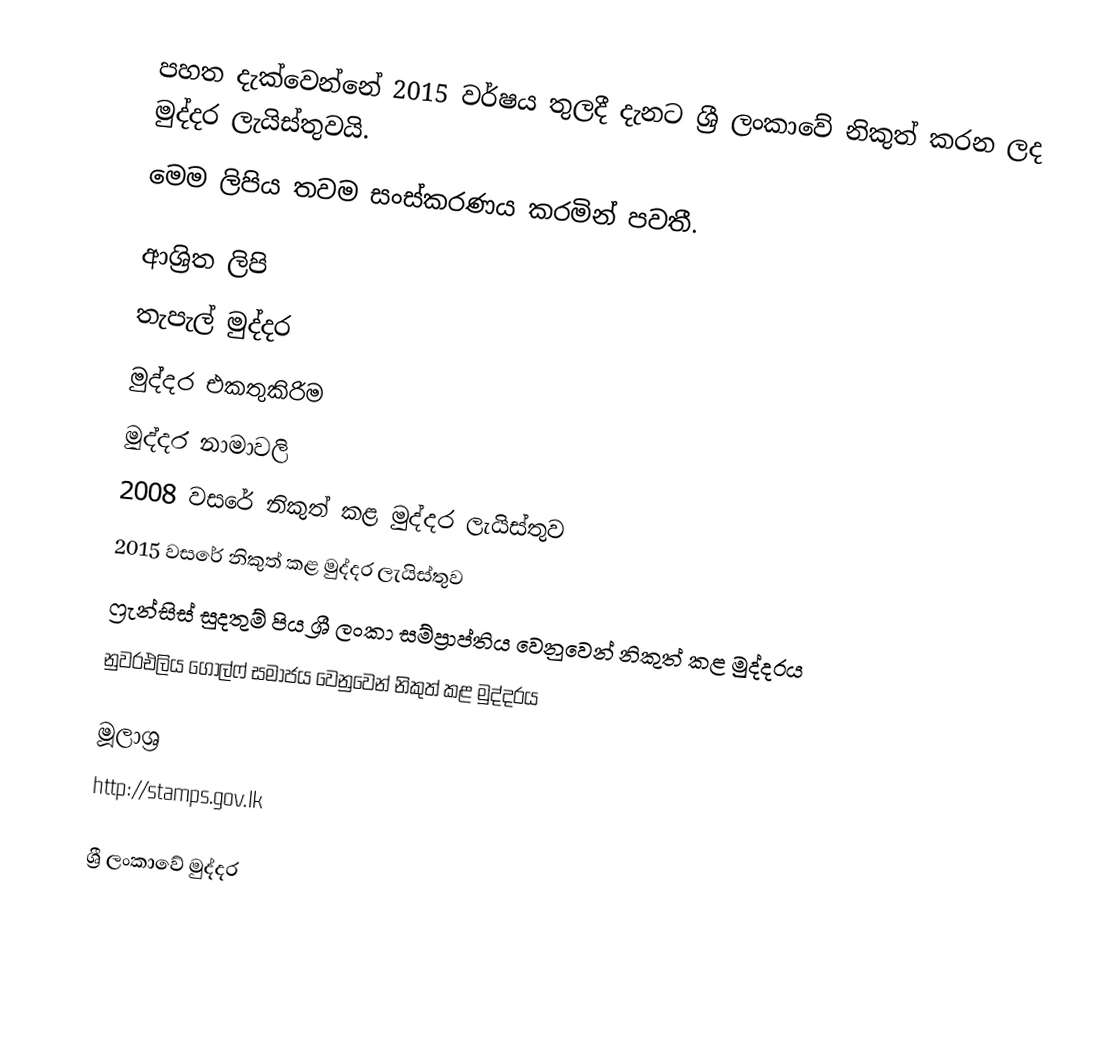
පහත දැක්වෙන්නේ 2015 වර්ෂය තුලදී දැනට ශ්‍රී ලංකාවේ නිකුත් කරන ලද මුද්දර ලැයිස්තුවයි.
මෙම ලිපිය තවම සංස්කරණය කරමින් පවතී.

ආශ්‍රිත ලිපි
තැපැල් මුද්දර
මුද්දර එකතුකිරිම
මුද්දර නාමාවලි
2008 වසරේ නිකුත් කළ මුද්දර ලැයිස්තුව
2015 වසරේ නිකුත් කළ මුද්දර ලැයිස්තුව
ෆ්‍රැන්සිස් සුදතුම් පිය ශ්‍රී ලංකා සම්ප්‍රාප්තිය වෙනුවෙන් නිකුත් කළ මුද්දරය
නුවරඑලිය ගොල්ෆ් සමාජය වෙනුවෙන් නිකුත් කළ මුද්දරය

මූලාශ්‍ර
http://stamps.gov.lk

ශ්‍රී ලංකාවේ මුද්දර